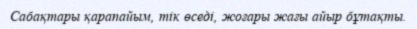
Сабақтары қарапайым, тік өседі, жоғары жағы айыр бұтақты.